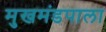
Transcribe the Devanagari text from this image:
मुखमंडपाला